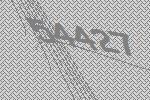
54427